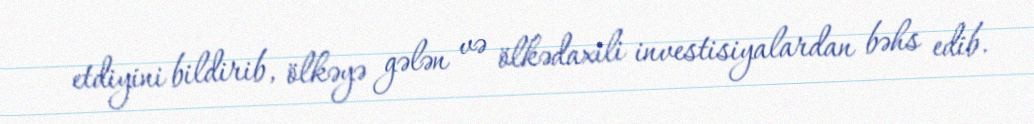
etdiyini bildirib, ölkəyə gələn və ölkədaxili investisiyalardan bəhs edib.